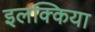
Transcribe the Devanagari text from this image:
इलक्किया